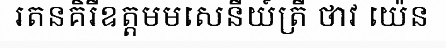
រតនគិរីឧត្តមមសេនីយ៍ត្រី ថាវ យ៉េន